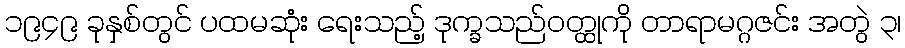
၁၉၄၉ ခုနှစ်တွင် ပထမဆုံး ရေးသည့် ဒုက္ခသည်ဝတ္ထုကို တာရာမဂ္ဂဇင်း အတွဲ ၃၊